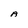
Character: A